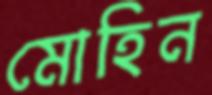
মোহিন